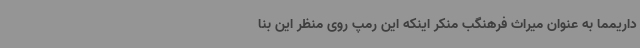
داریمما به عنوان میراث فرهنگب منکر اینکه این رمپ روی منظر این بنا